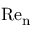
\mathrm { R e } _ { \mathrm { n } }